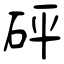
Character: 砰